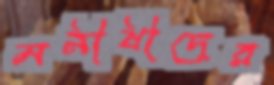
মনীষীদের